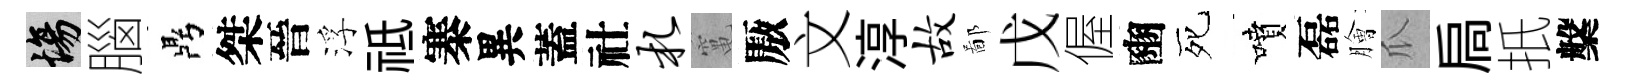
場腦鼎桀晉浮祗寨異蓋社札𥧄厫文淳故鄙戊偓豳死噴磊膾瓜扃扺槃